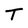
Character: T